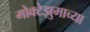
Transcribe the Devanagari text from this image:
मोक्टेझुमाच्या